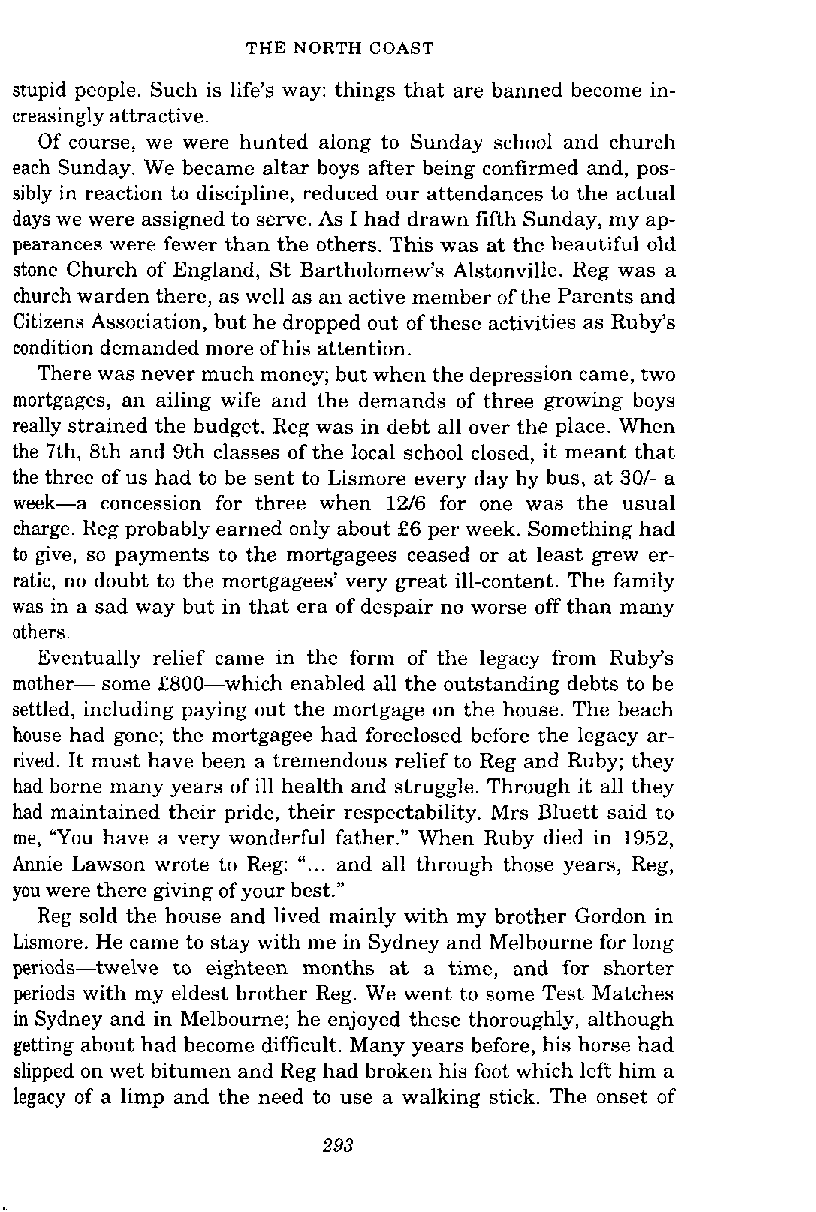
THE NORTH COAST
 stupid people. Such is life's way: things that are banned become in-
 creasingly attractive.
 Of course, we were hunted along to Sunday school and church
 each Sunday. We became altar boys after being confirmed and, pos-
 sibly in reaction to discipline, reduced our attendances to the actual
 days we were assigned to serve. As I had drawn fifth Sunday, my ap-
 pearances were fewer than the others. This was at the beautiful old
 stone Church of England, St Bartholomew's Alstonville. Reg was a
 church warden there, as well as an active member of the Parents and
 Citizens Association, but he dropped out of these activities as Ruby's
 condition demanded more of his attention.
 There was never much money; but when the depression came, two
 mortgages, an ailing wife and the demands of three growing boys
 really strained the budget. Reg was in debt all over the place. When
 the Ith, 8th and 9th classes of the local school closed, it meant that
 the three of us had to be sent to Lismore every day by bus, at 301- a
 week-a concession for three when 1216 for one was the usual
 charge. Reg probably earned only about £6 per week. Something had
 to give, so payments to the mortgagees ceased or at least grew er-
 ratic, no doubt to the mortgagees' very great ill-content. The family
 was in a sad way but in that era of despair no worse off than many
 others.
 Eventually relief came in the form of the legacy from Ruby's
 mother- some £800-which enabled all the outstanding debts to be
 settled, including paying out the mortgage on the house. The beach
 house had gone; the mortgagee had foreclosed before the legacy ar-
 rived. It must have been a tremendous relief to Reg and Ruby; they
 had borne many years of ill health and struggle. Through it all they
 had maintained their pride, their respectability. Mrs Bluett said to
 me, "You have a very wonderful father." When Ruby died in 1952,
 Annie Lawson wrote to Reg: "... and all through those years, Reg,
 you were there giving of your best."
 Reg sold the house and lived mainly with my brother Gordon in
 Lismore. He came to stay with me in Sydney and Melbourne for long
 periods-twelve to eighteen months at a time, and for shorter
 periods with my eldest brother Reg. We went to some Test Matches
 in Sydney and in Melbourne; he enjoyed these thoroughly, although
 getting about had become difficult. Many years before, his horse had
 slipped on wet bitumen and Reg had broken his foot which left him a
 legacy of a limp and the need to use a walking stick. The onset of